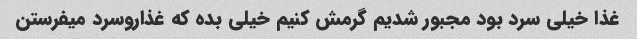
غذا خیلی سرد بود مجبور شدیم گرمش کنیم خیلی بده که غذارو‌سرد میفرستن